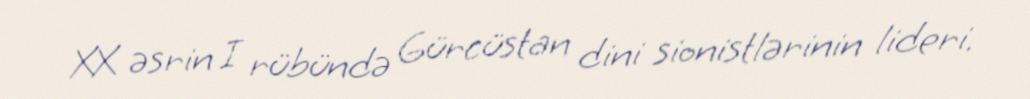
XX əsrin I rübündə Gürcüstan dini sionistlərinin lideri.